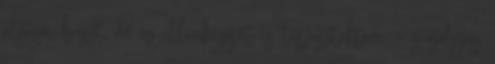
algyői buszt, de az ellenkezőjét is tapasztaltam – mosolyog